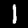
Digit: 1